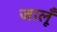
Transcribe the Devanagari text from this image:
जालूँ